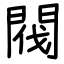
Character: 閥